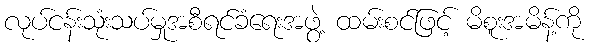
လုပ်ငန်းသုံးသပ်မှုအစီရင်ခံရေးအဖွဲ့ ထမ်းစင်ဖြင့် မိစူးအမိန့်ကို